Indian journal of veterinary science and animal husbandry - Volumes 24-25, 1954-1955
Year: 1954
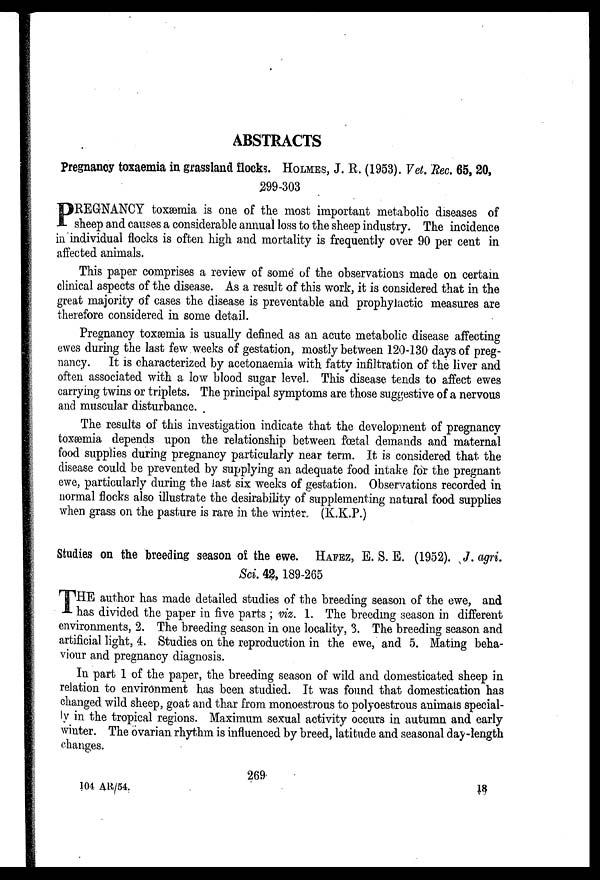
ABSTRACTS
Pregnancy toxaemia in grassland flocks. HOLMES, J. R. (1953). Vet. Rec. 65, 20,
299-303
P REGNANCY toxæmia is one of the most important metabolic diseases of
sheep and causes a considerable annual loss to the sheep industry. The incidence
in individual flocks is often high and mortality is frequently over 90 per cent in
affected animals.
This paper comprises a review of some of the observations made on certain
clinical aspects of the disease. As a result of this work, it is considered that in the
great majority of cases the disease is preventable and prophylactic measures are
therefore considered in some detail.
Pregnancy toxæmia is usually defined as an acute metabolic disease affecting
ewes during the last few weeks of gestation, mostly between 120-130 days of preg-
nancy. It is characterized by acetonaemia with fatty infiltration of the liver and
often associated with a low blood sugar level. This disease tends to affect ewes
carrying twins or triplets. The principal symptoms are those suggestive of a nervous
and muscular disturbance.
The results of this investigation indicate that the development of pregnancy
toxæmia depends upon the relationship between fœtal demands and maternal
food supplies during pregnancy particularly near term. It is considered that the
disease could be prevented by supplying an adequate food intake for the pregnant
ewe, particularly during the last six weeks of gestation. Observations recorded in
normal flocks also illustrate the desirability of supplementing natural food supplies
when grass on the pasture is rare in the winter. (K.K.P.)
Studies on the breeding season of the ewe. HAFEZ, E. S. E. (1952). J. agri.
Sci. 42, 189-265
T HE author has made detailed studies of the breeding season of the ewe, and
has divided the paper in five parts ; viz. 1. The breeding season in different
environments, 2. The breeding season in one locality, 3. The breeding season and
artificial light, 4. Studies on the reproduction in the ewe, and 5. Mating beha-
viour and pregnancy diagnosis.
In part 1 of the paper, the breeding season of wild and domesticated sheep in
relation to environment has been studied. It was found that domestication has
changed wild sheep, goat and thar from monoestrous to polyoestrous animals special-
-y in the tropical regions. Maximum sexual activity occurs in autumn and early
winter. The ovarian rhythm is influenced by breed, latitude and seasonal day-length
changes.
269
104 AR/54.
18